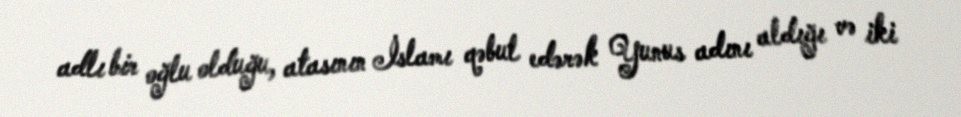
adlı bir oğlu olduğu, atasının İslamı qəbul edərək Yunus adını aldığı və iki